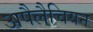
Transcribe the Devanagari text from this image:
अपैलैचियन